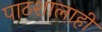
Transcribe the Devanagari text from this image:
पाठशालाही